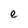
Character: e